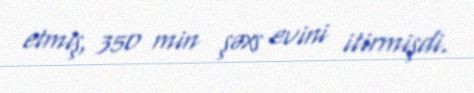
etmiş, 350 min şəxs evini itirmişdi.